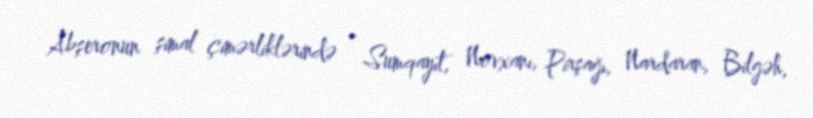
Abşeronun şimal çimərliklərində - Sumqayıt, Novxanı, Pirşağı, Nardaran, Bilgəh,